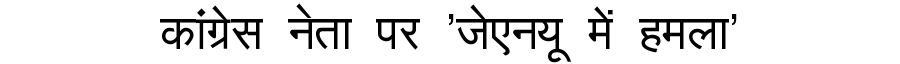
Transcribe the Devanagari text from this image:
कांग्रेस नेता पर 'जेएनयू में हमला'